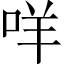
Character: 咩